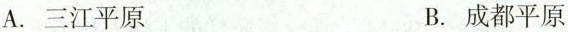
A.三江平原 B.成都平原